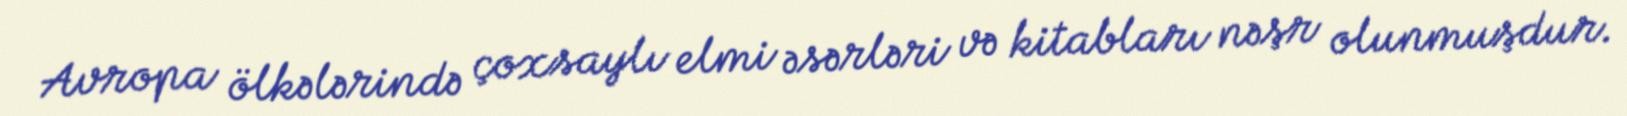
Avropa ölkələrində çoxsaylı elmi əsərləri və kitabları nəşr olunmuşdur.